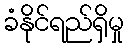
ခံနိုင်ရည်ရှိမှု